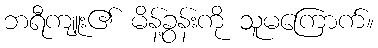
ဘရီကျူး၏ မိန့်ခွန်းကို သူမကြောက်။